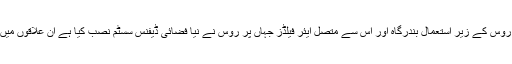
روس نے مزید کہا تھا کہ شام میں روس کے زیر استعمال بندرگاہ اور اس سے متصل ایئر فیلڈز جہاں پر روس نے نیا فضائی ڈیفنس سسٹم نصب کیا ہے ان علاقوں میں کوئی مغربی میزائل داخل نہیں ہوا۔